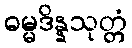
ဓမ္မဒိန္နသုတ္တံ